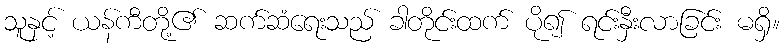
သူနှင့် ယန်ကီတို့၏ ဆက်ဆံရေးသည် ခါတိုင်းထက် ပို၍ ရင်းနှီးလာခြင်း မရှိ။